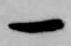
一